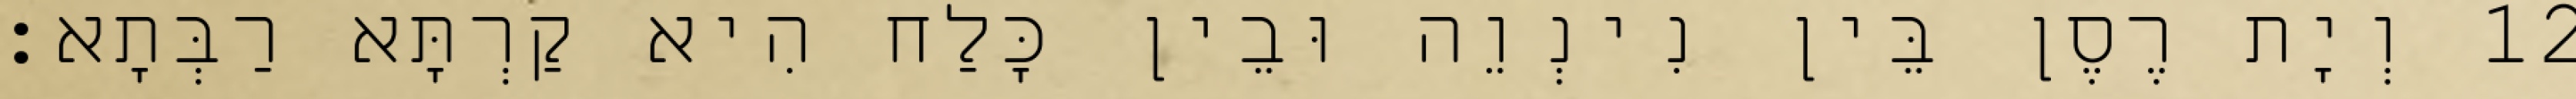
12 וְיָת רֶסֶן בֵּין נִינְוֵה וּבֵין כָּלַח הִיא קַרְתָּא רַבְּתָא׃